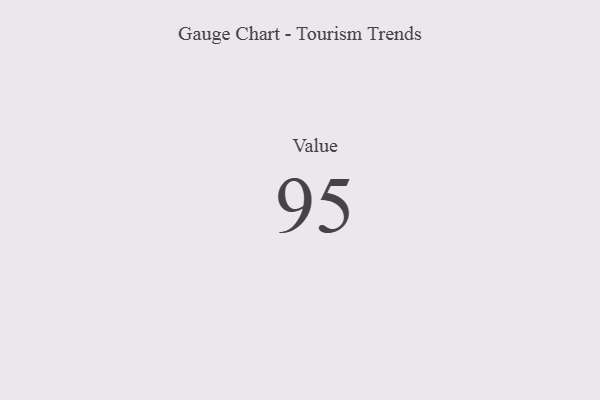
{"axis": {"x": "Metric", "y": "Value"}, "legend": [""], "data": [{"x": "Value", "y": 95, "type": ""}]}